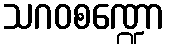
သဂဝစဏ္ဍော